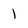
Character: l